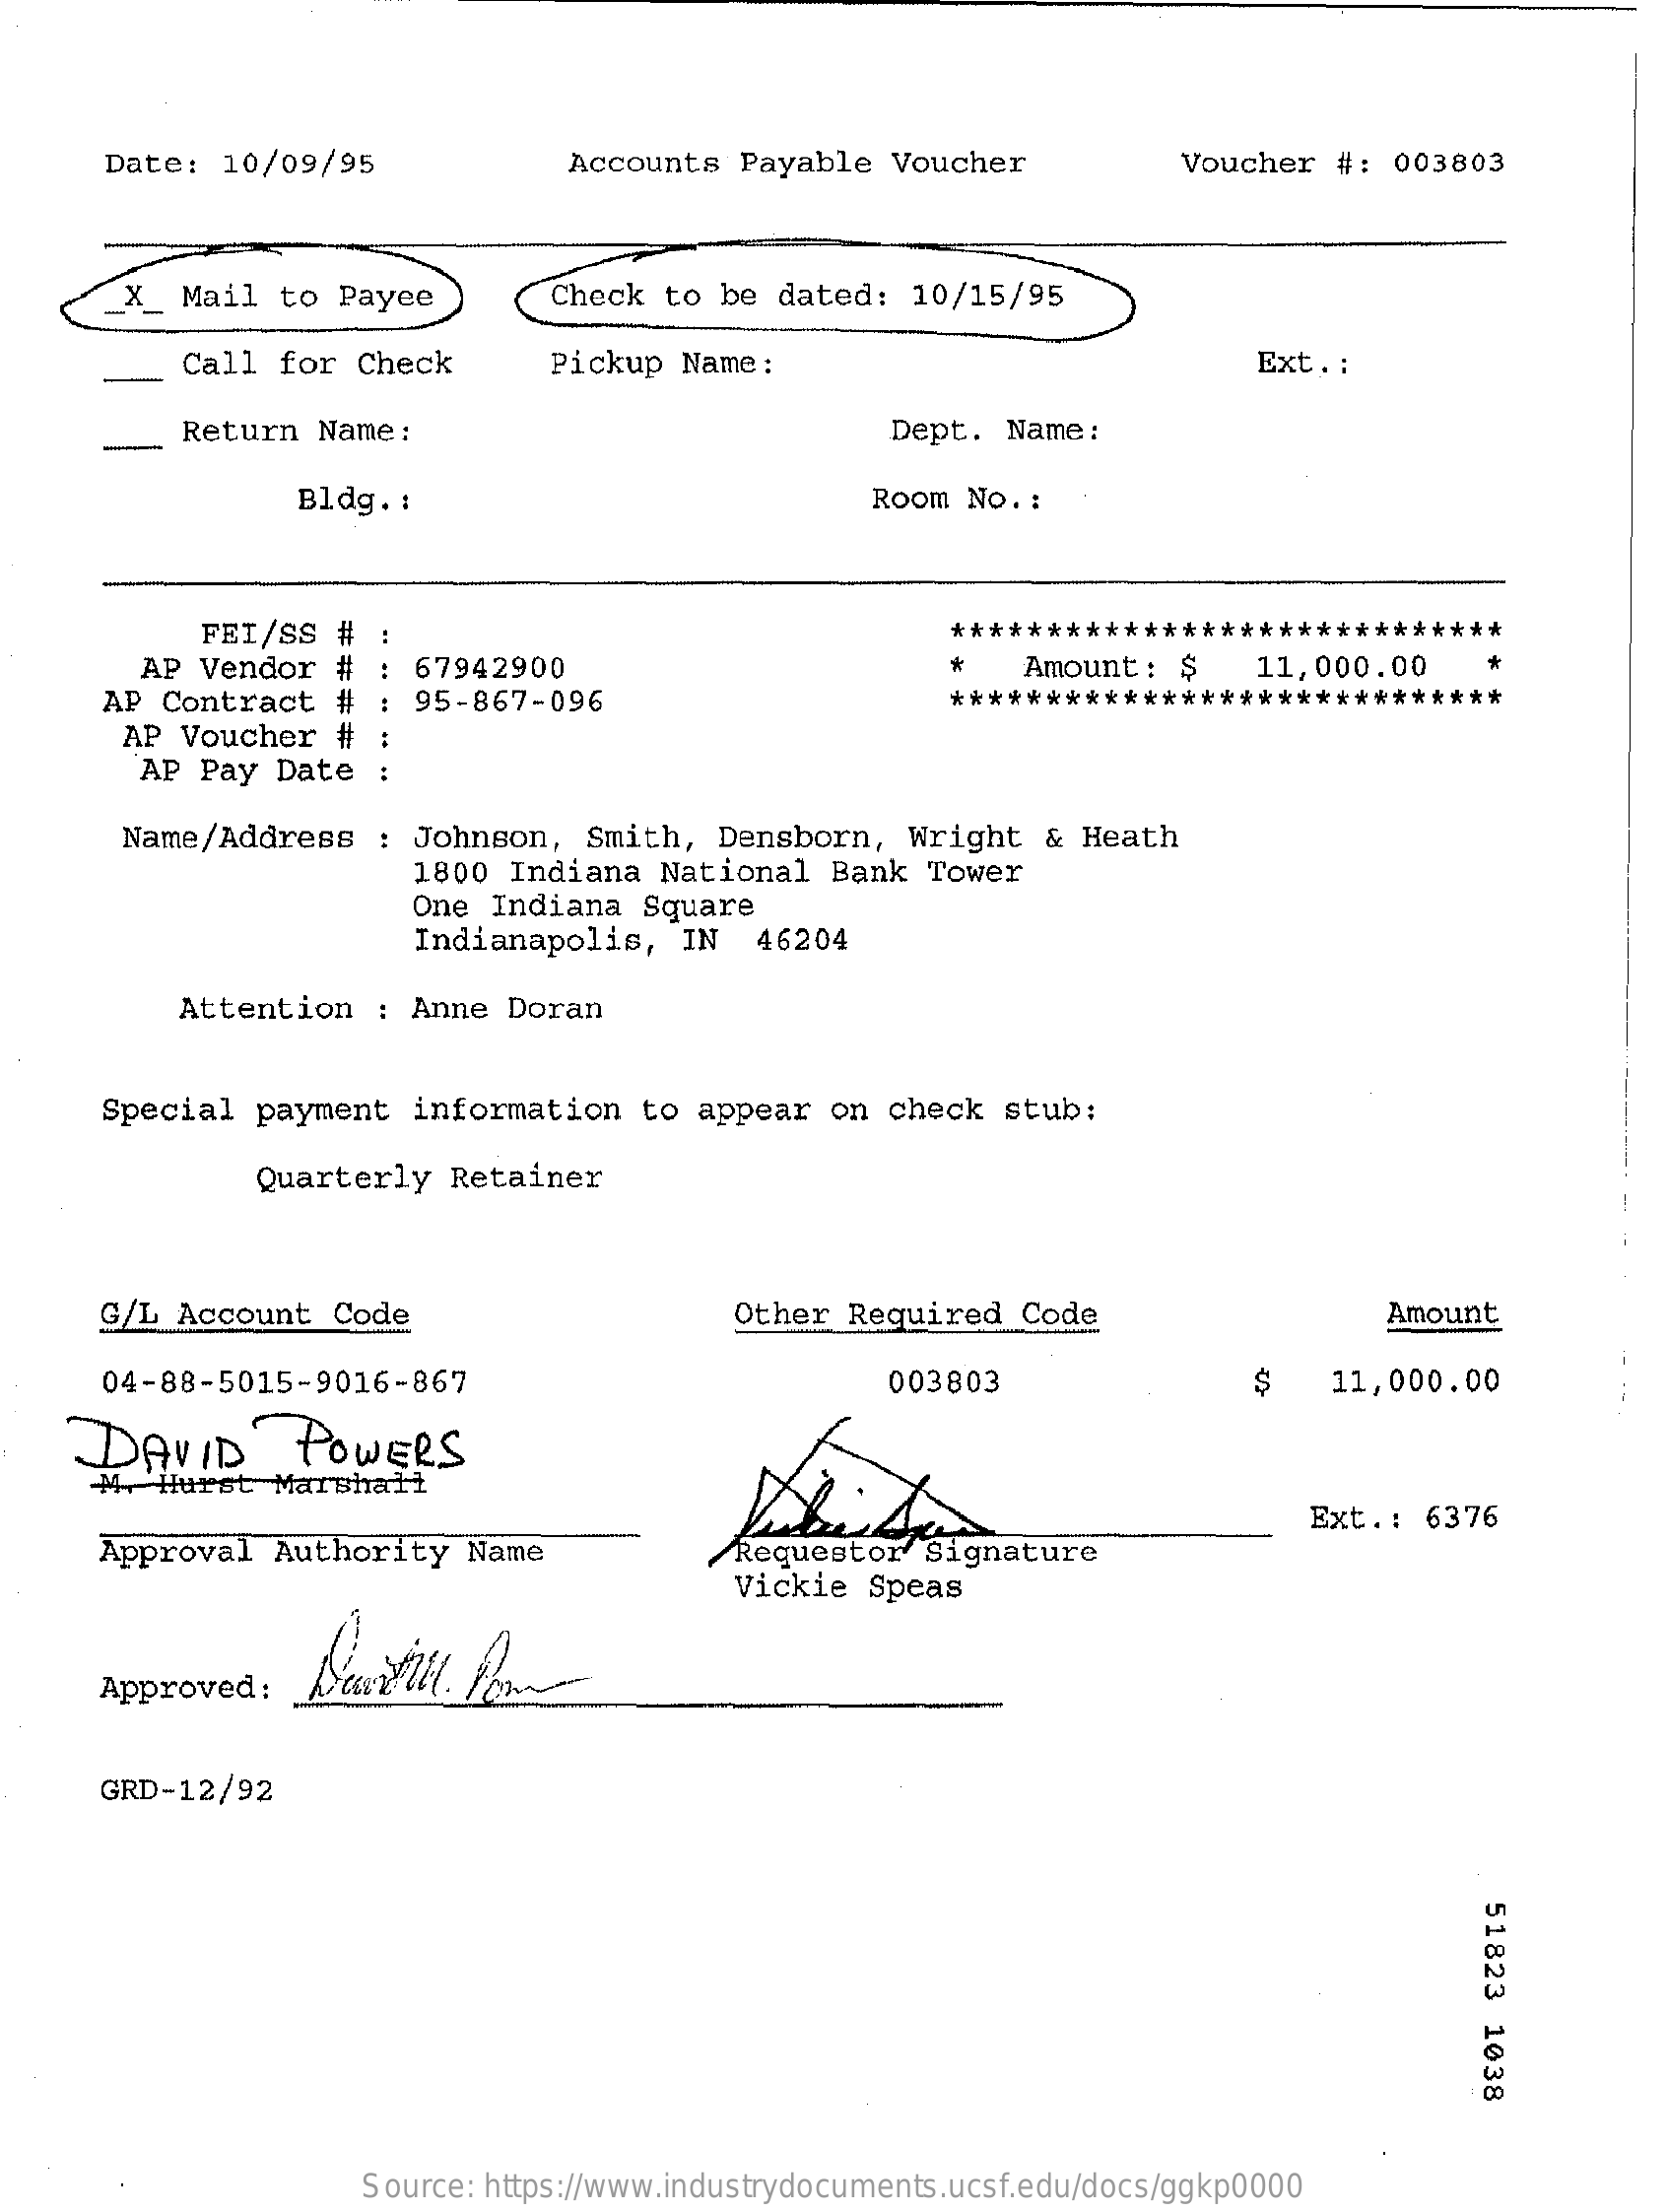
Date:  10/09/95    Accounts  Payable   Voucher    Voucher   #:  003803
     _X_ Mail   to Payee    Check  to be  dated:  10/15/95
     Call  for Check    Pickup  Name:    Ext. :
     Return   Name:    Dept.  Name:
     Bldg. :    Room  No. :
     FEI/SS  #    *****************************
     AP  Vendor  #  : 67942900    *    Amount:  $    11,000.00
     AP Contract   #  : 95-867-096    *****************************
     AP Voucher   #
     AP  Pay Date   :
     Name/Address    : Johnson,   Smith,  Densborn,   Wright   & Heath
     1800  Indiana  National   Bank  Tower
     One  Indiana  Square
     Indianapolis,    IN   46204
     Attention   : Anne  Doran
     Special  payment   information   to  appear  on  check  stub:
     Quarterly   Retainer
     G/L Account   Code    Other  Required   Code    Amount
     04-88-5015-9016-867    003803    $    11,000.00
     DAVID    POWERS
     M.  Hurst  Marshall
     Approval   Authority   Name
     Ext .:  6376
     Requestor   Signature
     Vickie   Speas
     Approved:
     GRD-12/92
     51823
     1038
     Source: https://www.industrydocuments.ucsf.edu/docs/ggkp0000